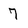
Character: 7